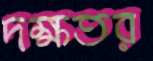
দক্ষতর